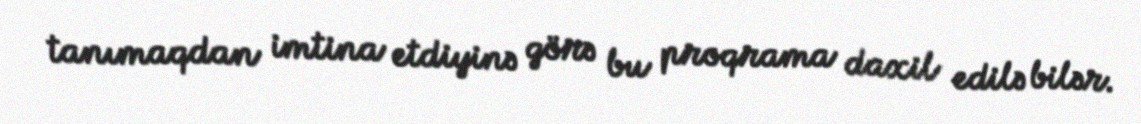
tanımaqdan imtina etdiyinə görə bu proqrama daxil edilə bilər.